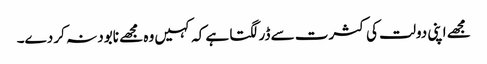
مجھے اپنی دولت کی کثرت سے ڈر لگتا ہے کہ کہیں وہ مجھے نابود نہ کر دے۔